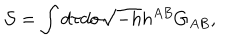
{ \cal S } = \int d \tau d \sigma \sqrt { - h } h ^ { A B } G _ { A B } ,